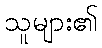
သူများ၏